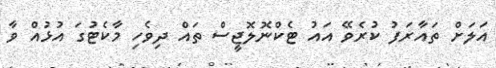
އަލަށް ތައާރަފު ކުރެވޭ އައު ޓެކްނޮލޮޖީސް ތައް ދިވެހި މާކެޓުގަ އުޅުއް ވާ